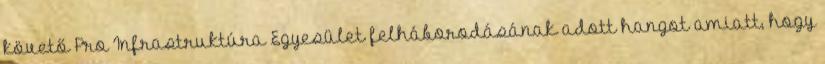
követő Pro Infrastruktúra Egyesület felháborodásának adott hangot amiatt, hogy